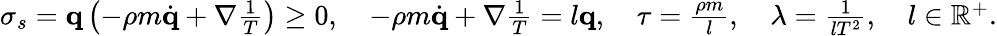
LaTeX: \begin{array}{r}{\sigma_{s}=\mathbf q\left(-\rho m\dot{\mathbf q}+\nabla\frac{1}{T}\right)\geq 0,\quad-\rho m\dot{\mathbf q}+\nabla\frac{1}{T}=l\mathbf q,\quad\tau=\frac{\rho m}{l},\quad\lambda=\frac{1}{lT^{2}},\quad l\in\mathbb R^{+}.}\end{array}